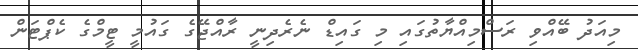
މިއަދު ބޭއްވި ރަސްމިއްޔާތުގައި މި ގައިޑް ނެރެދިނީ ރާއްޖޭގެ ގައުމީ ޓީމްގެ ކެޕްޓަން